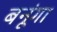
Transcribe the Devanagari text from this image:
बनूंगा